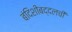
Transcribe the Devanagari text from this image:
बंदिशीबद्दलची